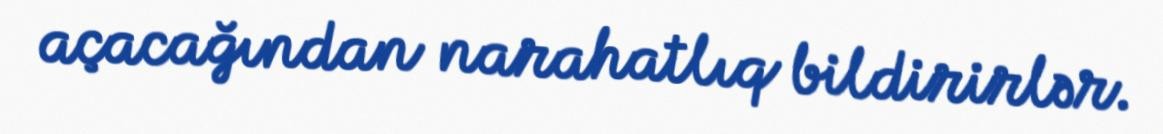
açacağından narahatlıq bildirirlər.